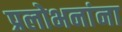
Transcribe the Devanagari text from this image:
प्रलोभनांना